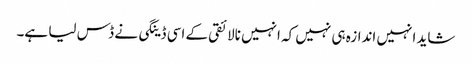
شاید انہیں اندازہ ہی نہیں کہ انہیں نالائقی کے اسی ڈینگی نے ڈس لیا ہے۔